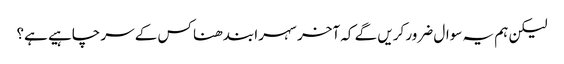
لیکن ہم یہ سوال ضرور کریں گے کہ آخر سہرا بندھنا کس کے سر چاہیے ہے؟